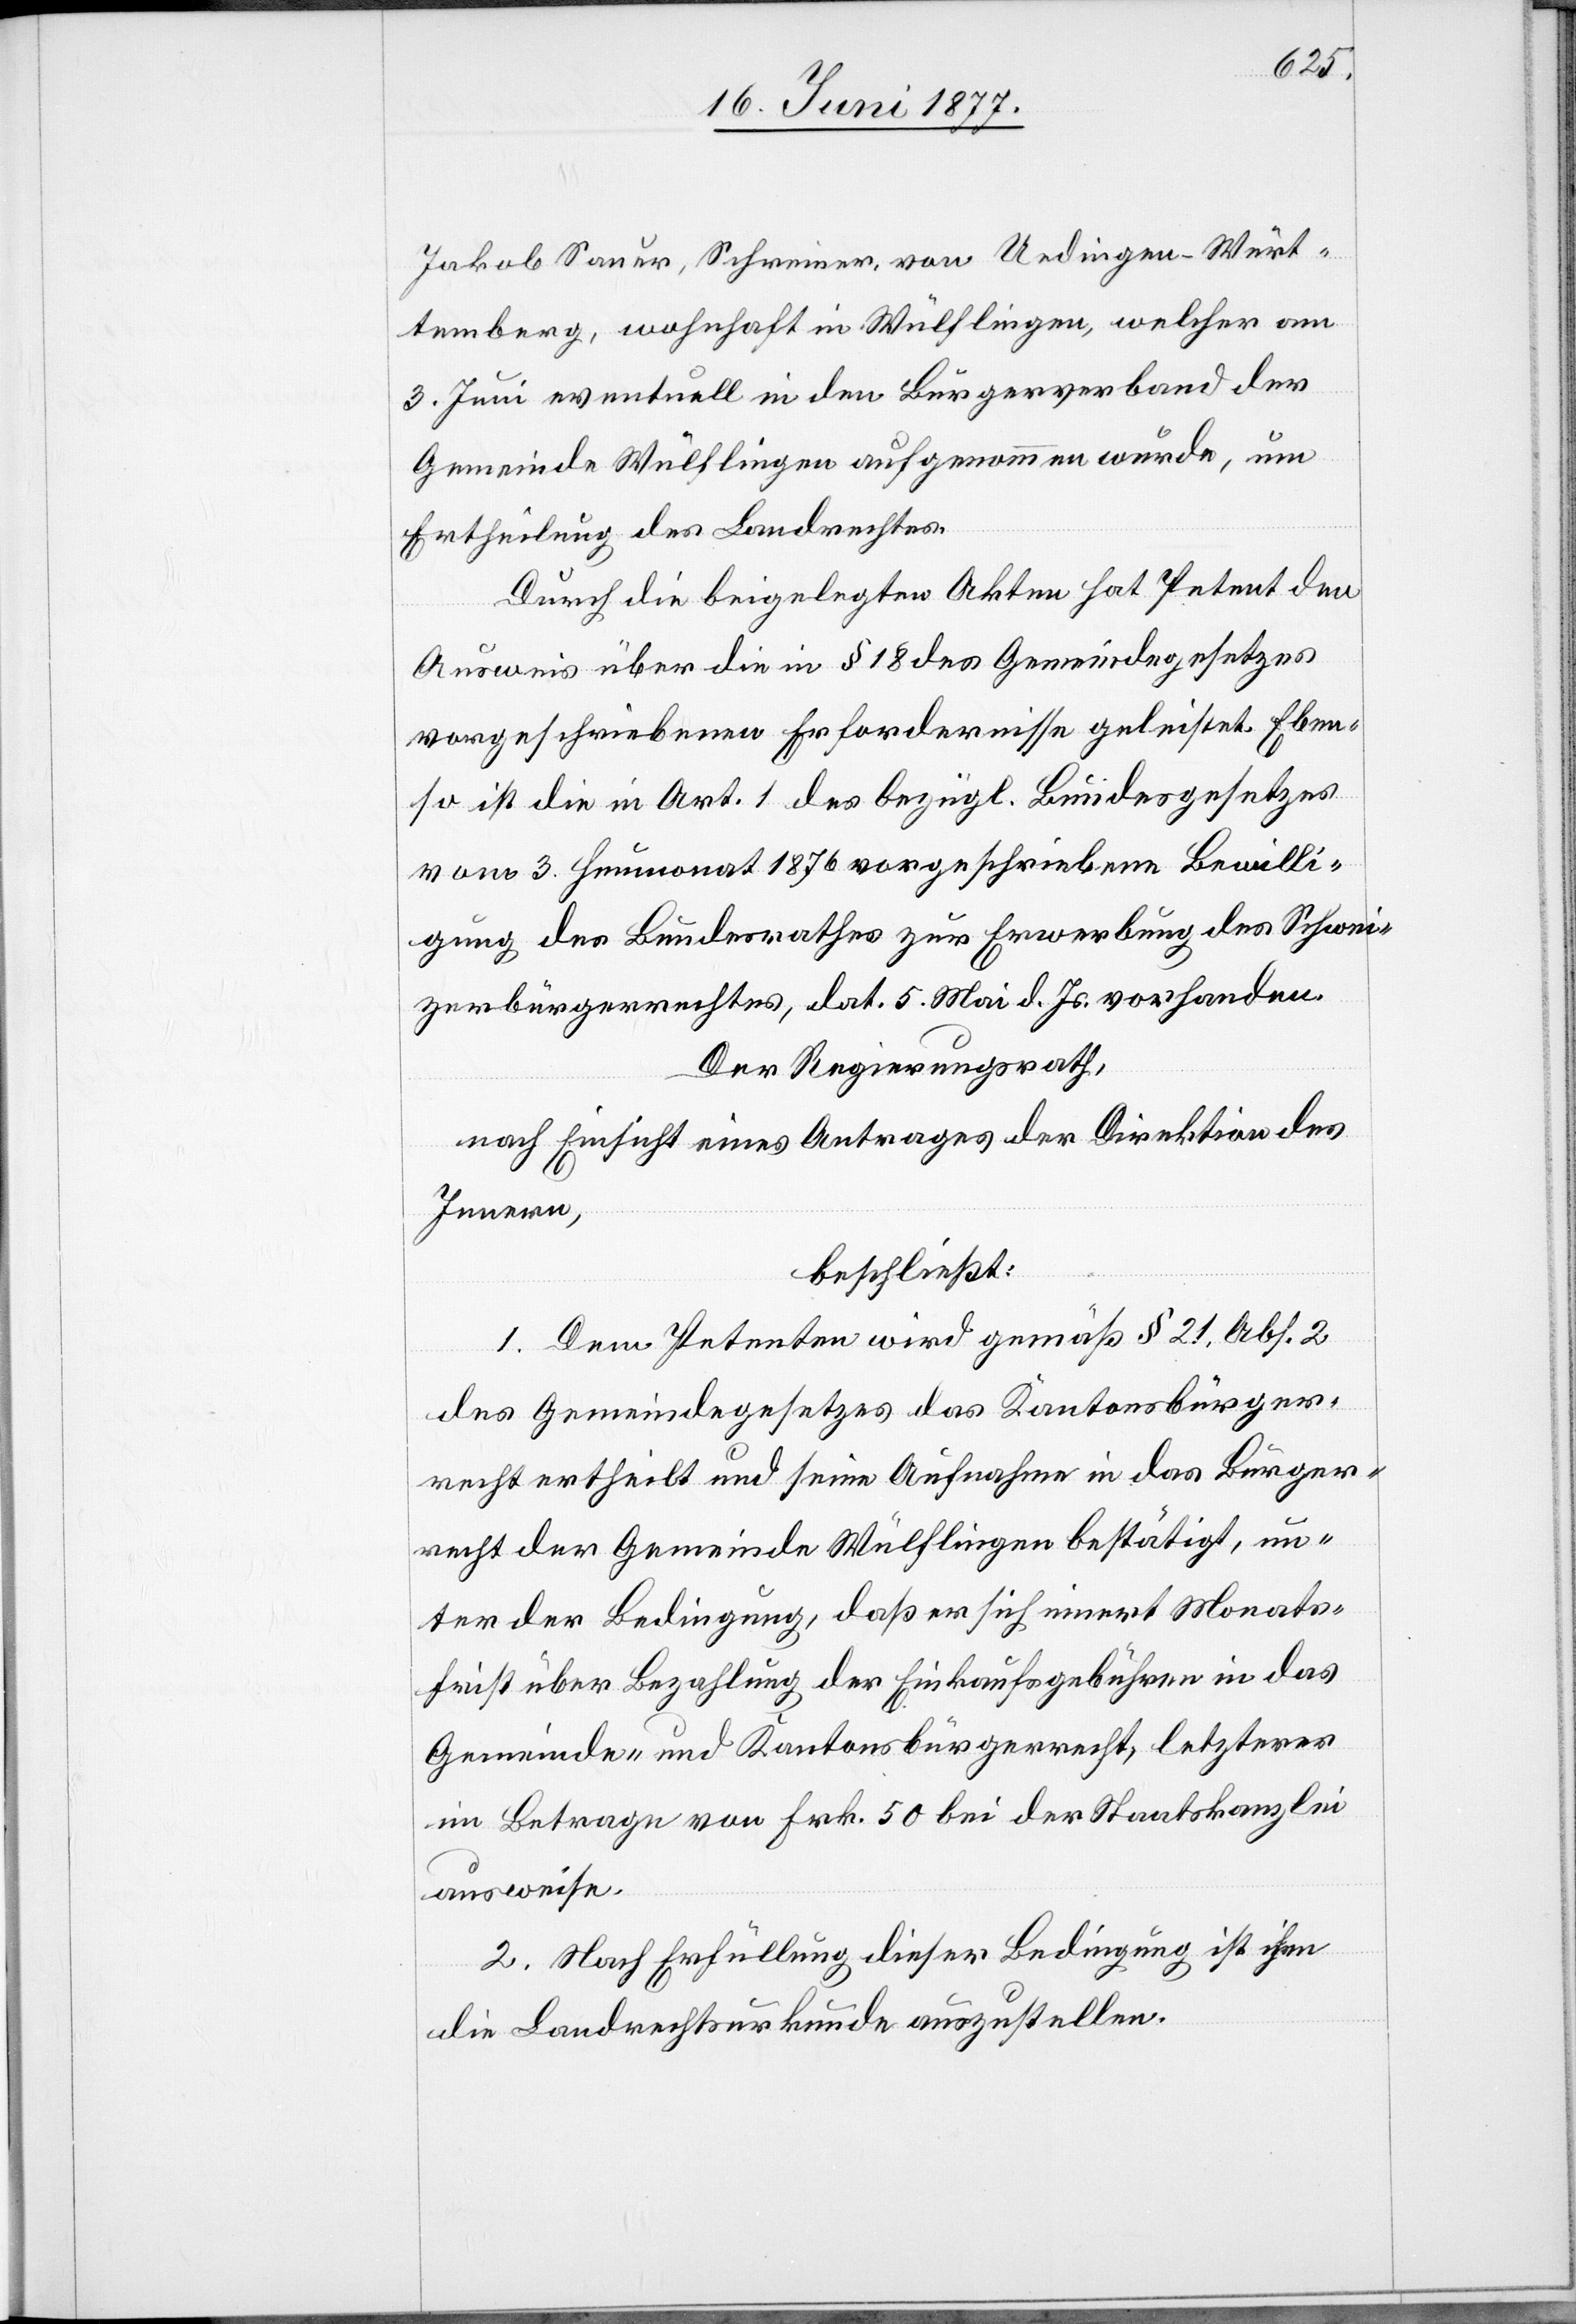
Jakob Sauer, Schreiner, von Uedingen - Würt¬
temberg, wohnhaft in Wülflingen, welcher am
3. Juni eventuell in den Bürgerverband der
Gemeinde Wülflingen aufgenommen wurde, um
Ertheilung des Landrechtes.
Durch die beigelegten Akten hat Petent den
Ausweis über die in § 18 des Gemeindegesetzes
vorgeschriebenen Erfordernisse geleistet. Eben¬
so ist die in Art. 1 des bezügl. Bundesgesetzes
vom 3. Heumonat 1876 vorgeschriebene Bewilli¬
gung des Bundesrathes zur Erwerbung des Schwei¬
zerbürgerrechtes, dat. 5. Mai d. Js. vorhanden.
Der Regierungsrath,
nach Einsicht eines Antrages der Direktion des
Innern,
beschließt:
1. Dem Petenten wird gemäß § 21, Abs. 2
des Gemeindegesetzes das Kantonsbürger¬
recht ertheilt und seine Aufnahme in das Bürger¬
recht der Gemeinde Wülflingen bestätigt, un¬
ter der Bedingung, daß er sich innert Monats¬
frist über Bezahlung der Einkaufsgebühren in das
Gemeinde- und Kantonsbürgerrecht, letzterer
im Betrage von Frk. 50 bei der Staatskanzlei
ausweise.
2. Nach Erfüllung dieser Bedingung ist ihm
die Landrechtsurkunde auszustellen.